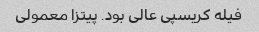
فیله کریسپی عالی بود. پیتزا معمولی